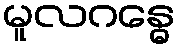
မူလဂန္ဓေ